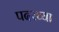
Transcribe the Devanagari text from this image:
पदरच्या